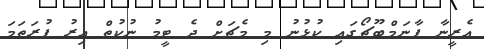
އެރީނާ ޕާނަމްބޫޗޯގައި ކުޅުނު މި މެޗަށް ދެ ޓީމު ނުކުތް އިރު ފުރަތަމަ